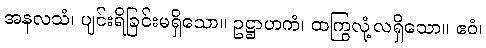
အနလသံ၊ ပျင်းရိခြင်းမရှိသော။ ဥဋ္ဌာဟကံ၊ ထကြွလုံ့လရှိသော။ ဧဝံ၊